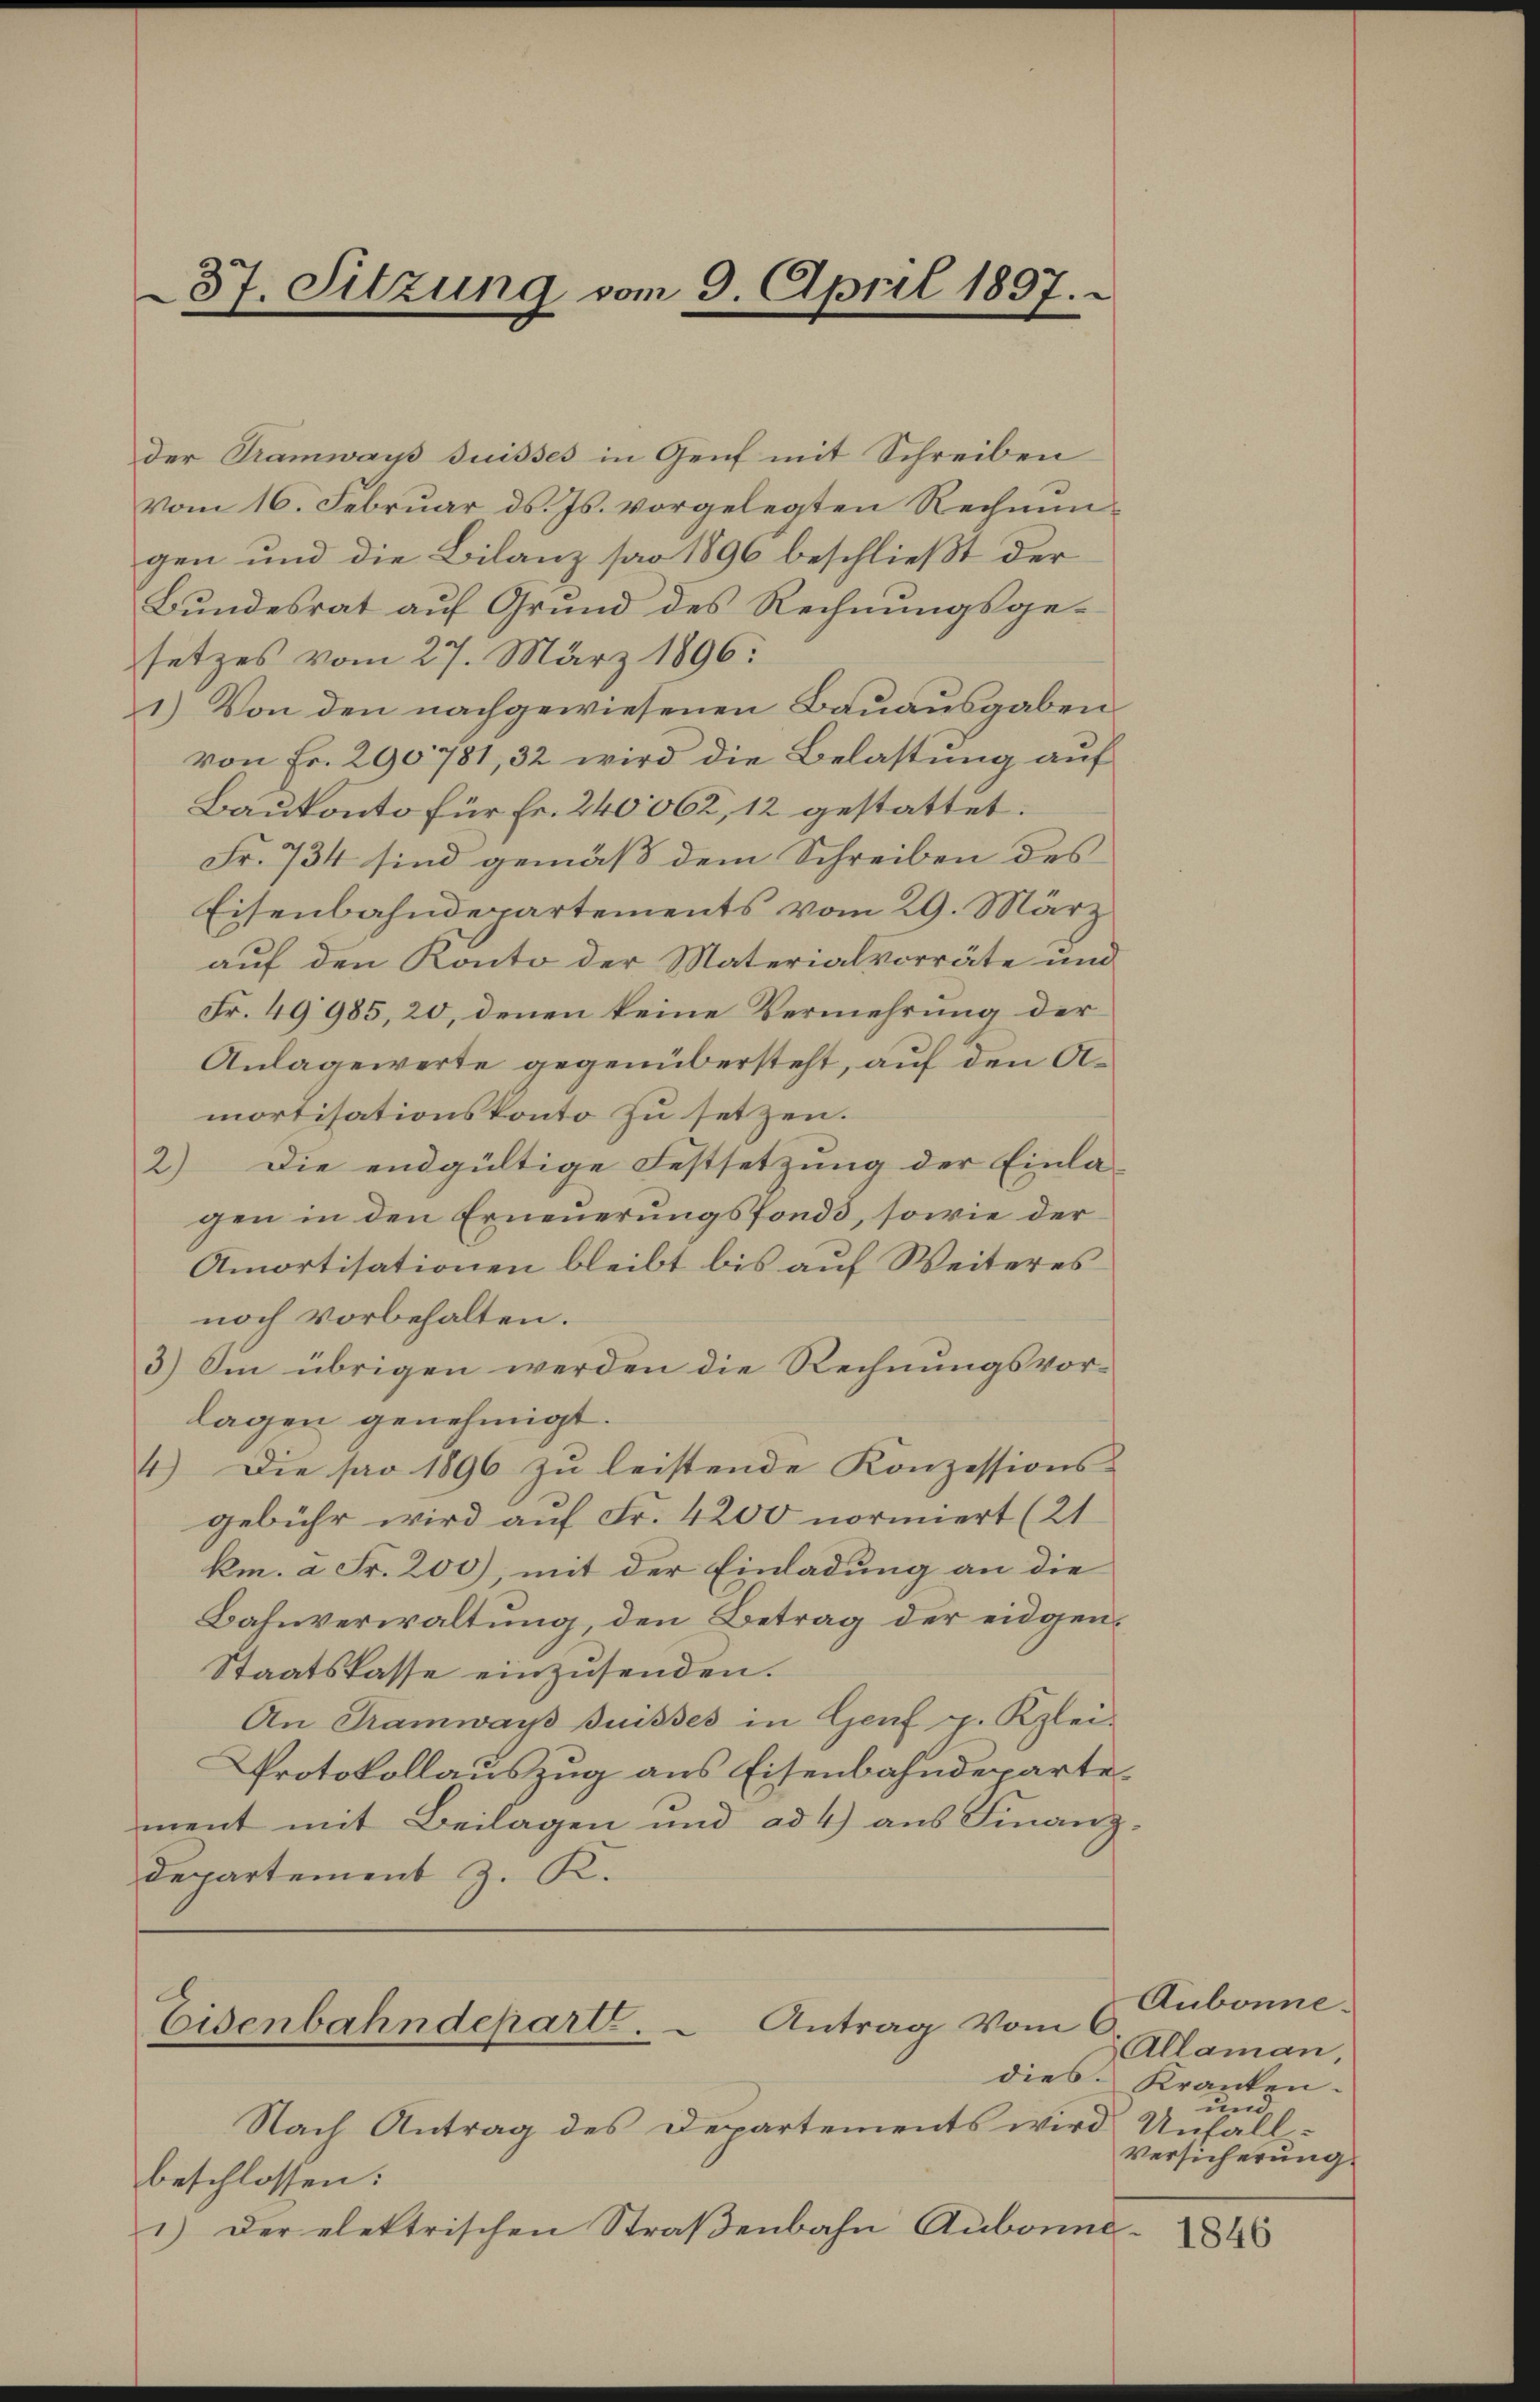
37. Sitzung vom 9. April 1897.

der Tramways suisses in Genf mit Schreiben
vom 16. Februar ds. Js. vorgelegten Rechnŭn-
gen und die Bilanz pro 1896 beschließt der
Bundesrat auf Grund des Rechnungsgesetzes vom 27. März 1896.
1.) Von den nachgewiesenen Bauausgaben
von Fr. 290781, 32 wird die Belastung auf
Baukonto für Fr. 240062, 12 gestattet.
Fr. 734 sind gemäß dem Schreiben des
Eisenbahndepartements vom 29. März
auf den Konto der Materialvorräte und
Fr. 49985, 20, denen keine Vermehrung der
Anlagewerte gegenübersteht, auf den Amortisationskonto zu setzen.
2) Die endgültige Festsetzung der Einla-
gen in den Erneuerungsfonds, sowie der
Amortisationen bleibt bis auf Weiteres
noch vorbehalten.
3) Im übrigen werden die Rechnungsvorlagen genehmigt.
4) Die pro 1896 zu leistende Konzessions-
gebühr wird auf Fr. 4200 normiert (21
km. à Fr. 200), mit der Einladung an die
Bahnverwaltung, den Betrag der eidgen¬
Staatskasse einzusenden.
An Tramways suisses in Genf g. Klei¬
Protokollauszug aus Eisenbahndeparte
ment mit Beilagen und ad 4) aus Finanz¬
Departement z. K.

Eisenbahndepart. Antrag vom 6

Nach Antrag des Departements wird Unfall-
beschlossen:
1) der elektrischen Straßenbahn Aubonne. 845

Aubonne.
Allaman,
dies. Kranken.
und
Versicherung